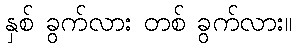
နှစ် ခွက်လား တစ် ခွက်လား။